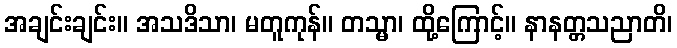
အချင်းချင်း။ အသဒိသာ၊ မတူကုန်။ တသ္မာ၊ ထို့ကြောင့်။ နာနတ္တသညာတိ၊